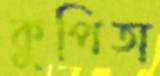
কুপিতা